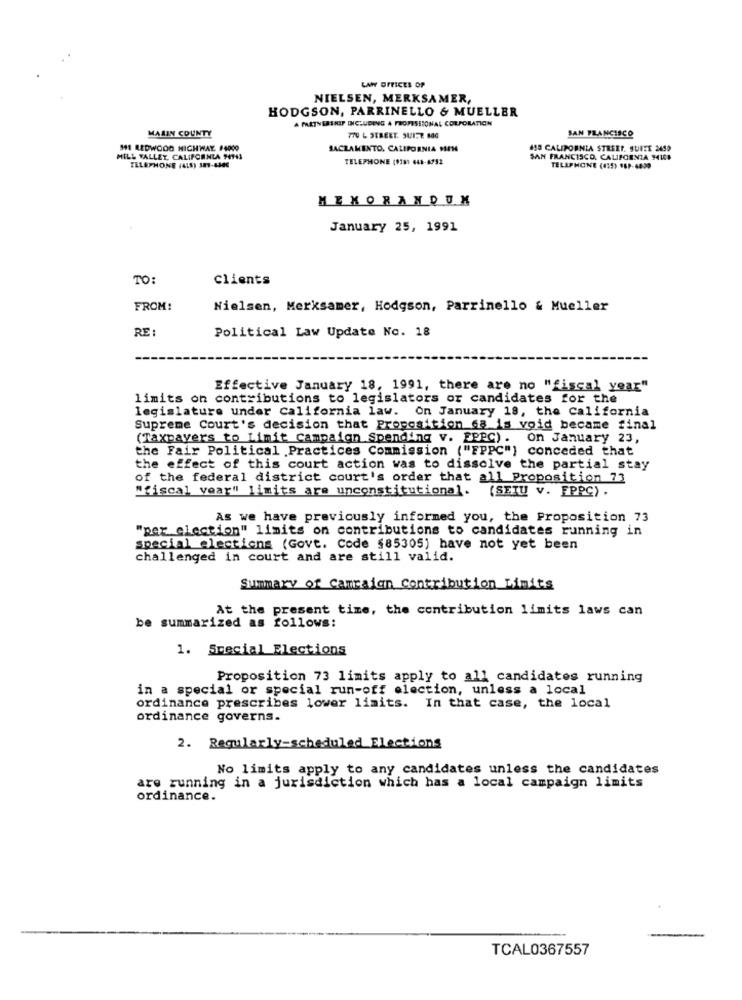
LAW OFFICES OF
NIELSEN, MERKSAMER,
HODGSON, PARRINELLO & MUELLER
A PARTNERSHIP INCLUDING A PROFESSIONAL CORPORATION
MARIN COUNTY
770 L STREET. SUITZ 800
SAN FRANCISCO
311 REDWOOD HIGHWAY #4000
SACRAMENTO, CALIFORNIA MEN
658 CALIFORNIA STREET. SUITE 2450
MILL VALLEY. CALIFORNIA 94943
TELEPHONE (9181 648-4792
SAN FRANCISCO, CALIFCENIA 941CB
TELEPHONE (ALS) 381-6300
TELEPHONE (415) 989-4839
MEMORANDUM
January 25, 1991
TO:
Clients
FROM:
Nielsen, Merksamer, Hodgson, Parrinello & Mueller
RE:
Political Law Update No. 18
Effective January 18, 1991, there are no "fiscal year"
limits on contributions to legislators or candidates for the
legislature under california law. On January 18, the California
Supreme Court's decision that Proposition 68 is void became final
(Taxpayers to Limit campaign Spending v. EPPC) . on January 23,
the Fair Political Practices Commission ("FPPC"} conceded that
the effect of this court action was to dissolve the partial stay
of the federal district court's order that all Proposition 73
"fiscal year" limits are unconstitutional. (SEIU v. FPPC) .
As we have previously informed you, the Proposition 73
"per election" limits on contributions to candidates running in
special elections (Govt. Code $85305) have not yet been
challenged in court and are still valid.
Summary of Campaign Contribution Limits
At the present time, the contribution limits laws can
be summarized as follows:
1. Special Elections
Proposition 73 limits apply to all candidates running
in a special or special run-off election, unless a local
ordinance prescribes lower limits. In that case, the local
ordinance governs.
2. Regularly-scheduled Elections
No limits apply to any candidates unless the candidates
are running in a jurisdiction which has a local campaign limits
ordinance.
-
TCAL0367557